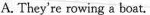
A. They're rowing a boat.